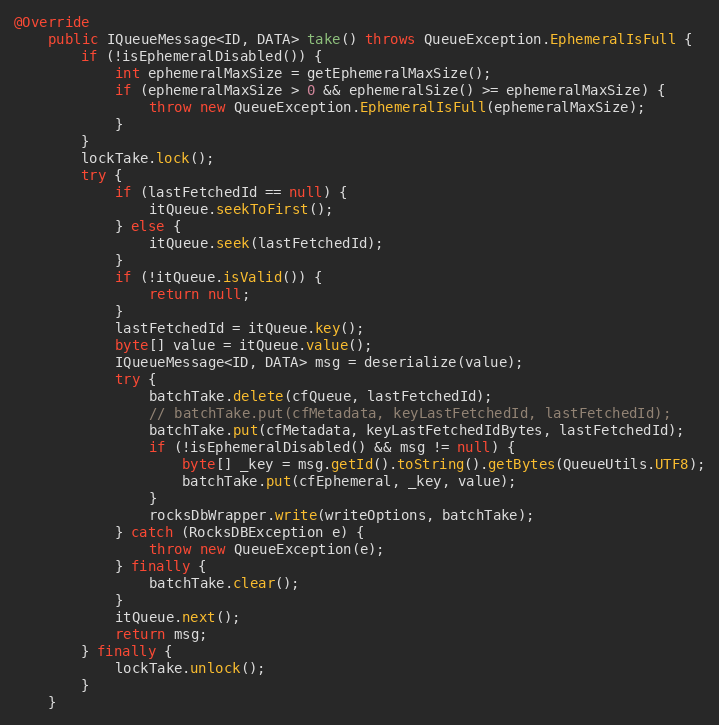
Language: Java
@Override
    public IQueueMessage<ID, DATA> take() throws QueueException.EphemeralIsFull {
        if (!isEphemeralDisabled()) {
            int ephemeralMaxSize = getEphemeralMaxSize();
            if (ephemeralMaxSize > 0 && ephemeralSize() >= ephemeralMaxSize) {
                throw new QueueException.EphemeralIsFull(ephemeralMaxSize);
            }
        }
        lockTake.lock();
        try {
            if (lastFetchedId == null) {
                itQueue.seekToFirst();
            } else {
                itQueue.seek(lastFetchedId);
            }
            if (!itQueue.isValid()) {
                return null;
            }
            lastFetchedId = itQueue.key();
            byte[] value = itQueue.value();
            IQueueMessage<ID, DATA> msg = deserialize(value);
            try {
                batchTake.delete(cfQueue, lastFetchedId);
                // batchTake.put(cfMetadata, keyLastFetchedId, lastFetchedId);
                batchTake.put(cfMetadata, keyLastFetchedIdBytes, lastFetchedId);
                if (!isEphemeralDisabled() && msg != null) {
                    byte[] _key = msg.getId().toString().getBytes(QueueUtils.UTF8);
                    batchTake.put(cfEphemeral, _key, value);
                }
                rocksDbWrapper.write(writeOptions, batchTake);
            } catch (RocksDBException e) {
                throw new QueueException(e);
            } finally {
                batchTake.clear();
            }
            itQueue.next();
            return msg;
        } finally {
            lockTake.unlock();
        }
    }